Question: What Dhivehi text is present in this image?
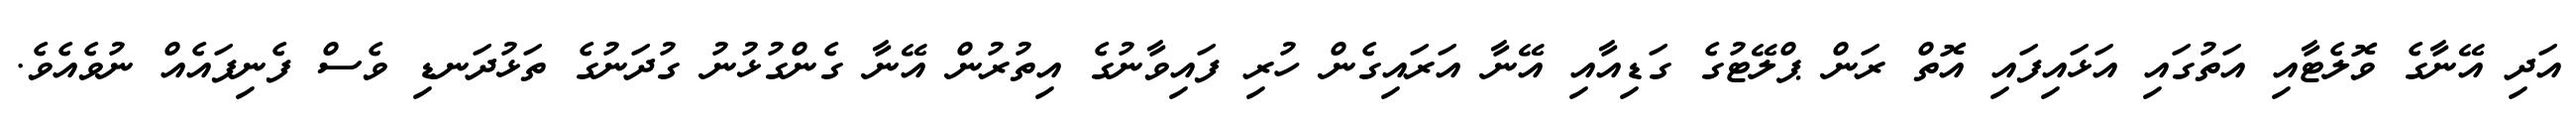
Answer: އަދި އޭނާގެ ވޮލެޓާއި އަތުގައި އަޅައިފައި އޮތް ރަން ޕްލޭޓުގެ ގަޑިއާއި އޭނާ އަރައިގެން ހުރި ފައިވާނުގެ އިތުރުން އޭނާ ގެންގުޅުނު ގުދަނުގެ ތަޅުދަނޑި ވެސް ފެނިފައެއް ނުވެއެވެ.